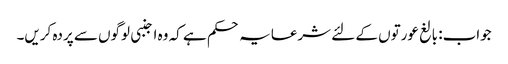
جواب: بالغ عورتوں کے لئے شرعایہ حکم ہے کہ وہ اجنبی لوگوں سے پردہ کریں۔